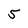
Character: 5